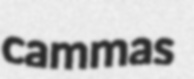
cammas